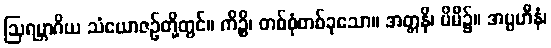
ဩရမ္ဘာဂိယ သံယောဇဉ်တို့တွင်။ ကိဉ္စိ၊ တစ်စုံတစ်ခုသော။ အတ္တနိ၊ မိမိ၌။ အပ္ပဟီနံ၊